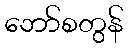
ဘော်စတွန်